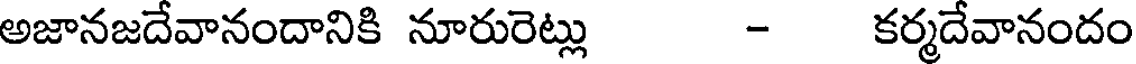
అజానజదేవానందానికి నూరురెట్లు - కర్మదేవానందం